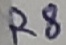
Text: R8